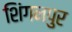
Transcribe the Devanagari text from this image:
शिंगनपुर